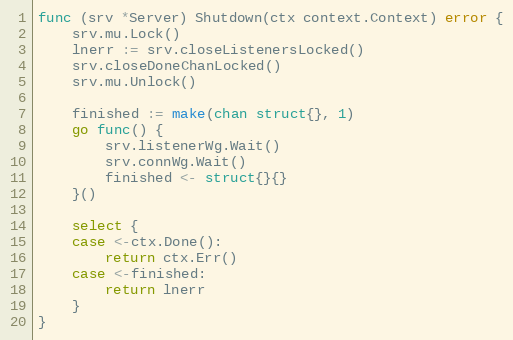
Language: Go
func (srv *Server) Shutdown(ctx context.Context) error {
	srv.mu.Lock()
	lnerr := srv.closeListenersLocked()
	srv.closeDoneChanLocked()
	srv.mu.Unlock()

	finished := make(chan struct{}, 1)
	go func() {
		srv.listenerWg.Wait()
		srv.connWg.Wait()
		finished <- struct{}{}
	}()

	select {
	case <-ctx.Done():
		return ctx.Err()
	case <-finished:
		return lnerr
	}
}